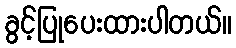
ခွင့်ပြုပေးထားပါတယ်။